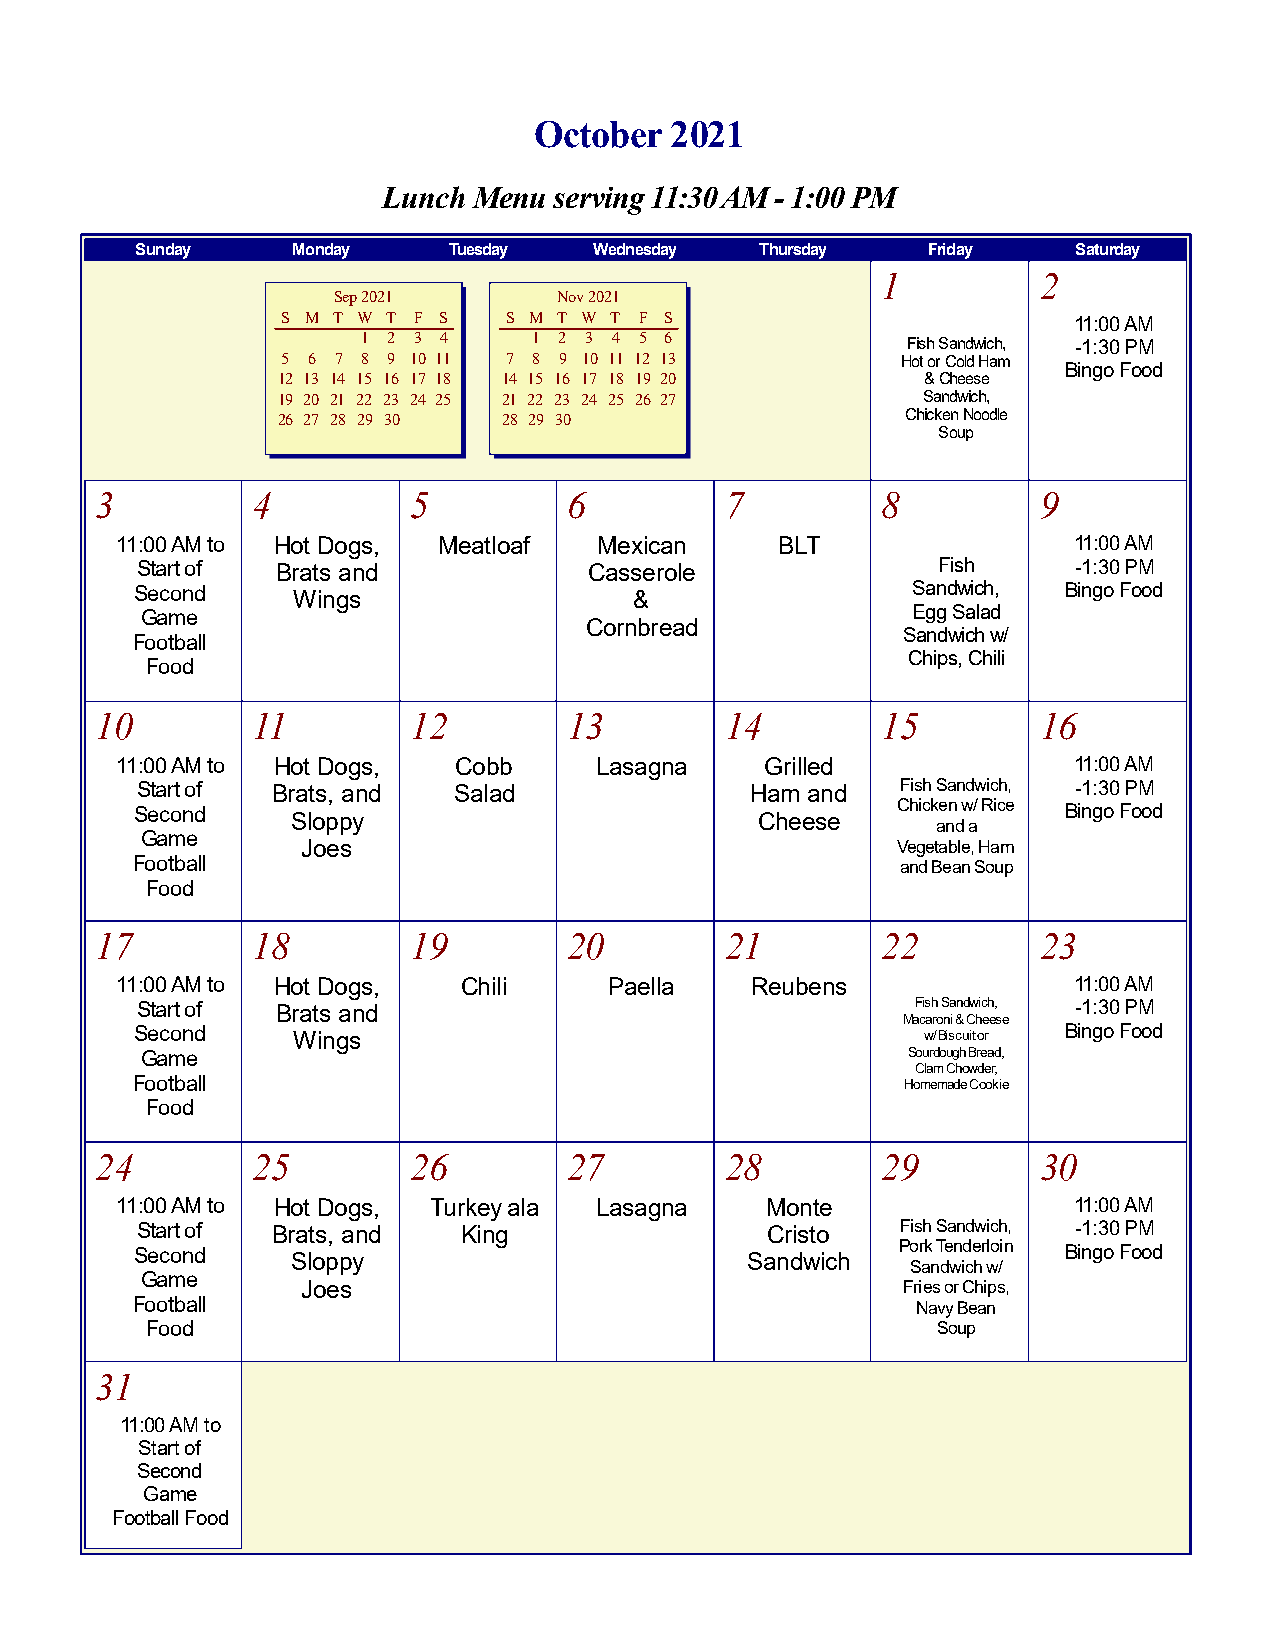
October  2021
 Lunch Menu  serving 11:30 AM - 1:00 PM
 Sunday    Monday     Tuesday  Wednesday  Thursday   Friday    Saturday
 1          2
 Sep 2021       Nov 2021
 S M T W T F S S M T W T F S                         11:00 AM
 1 2 3 4    1 2 3 4 5 6              Fish Sandwich, -1:30 PM
 5 6 7 8 9 10 11 7 8 9 10 11 12 13        Hot or Cold Ham
 Bingo Food
 12 13 14 15 16 17 18 14 15 16 17 18 19 20  & Cheese
 19 20 21 22 23 24 25 21 22 23 24 25 26 27  Sandwich,
 26 27 28 29 30 28 29 30                   Chicken Noodle
 Soup
 3          4         5          6         7         8          9
 11:00 AM to Hot Dogs, Meatloaf  Mexican     BLT                11:00 AM
 Start of Brats and            Casserole              Fish     -1:30 PM
 Second    Wings                  &                 Sandwich, Bingo Food
 Game                                               Egg Salad
 Cornbread
 Sandwich w/
 Football
 Chips, Chili
 Food
 10         11        12         13        14        15         16
 11:00 AM to Hot Dogs, Cobb     Lasagna     Grilled             11:00 AM
 Start of Brats, and  Salad               Ham and   Fish Sandwich, -1:30 PM
 Second    Sloppy                         Cheese   Chicken w/ Rice Bingo Food
 and a
 Game
 Joes                                   Vegetable, Ham
 Football                                           and Bean Soup
 Food
 17         18        19         20        21        22         23
 11:00 AM to Hot Dogs, Chili     Paella    Reubens              11:00 AM
 Start of Brats and                                  Fish Sandwich, -1:30 PM
 Macaroni & Cheese
 Second    Wings                                     w/ Biscuit or Bingo Food
 Game                                               Sourdough Bread,
 Clam Chowder,
 Football                                           Homemade Cookie
 Food
 24         25        26         27        28        29         30
 11:00 AM to Hot Dogs, Turkey ala Lasagna   Monte               11:00 AM
 Start of Brats, and  King                 Cristo   Fish Sandwich, -1:30 PM
 Second    Sloppy                        Sandwich   Pork Tenderloin Bingo Food
 Sandwich w/
 Game
 Joes                                    Fries or Chips,
 Football                                            Navy Bean
 Food                                                Soup
 31
 11:00 AM to
 Start of
 Second
 Game
 Football Food